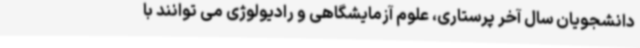
دانشجویان سال آخر پرستاری، علوم آزمایشگاهی و رادیولوژی می توانند با